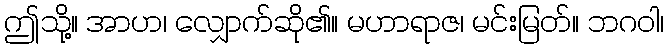
ဤသို့။ အာဟ၊ လျှောက်ဆို၏။ မဟာရာဇ၊ မင်းမြတ်။ ဘဂဝါ၊